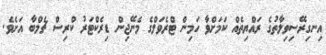
އިނގިރޭސިވިލާތުގެ ރައްޔިތެއް ކަމަށްވާ ހަމިން ޓްރެވަލްގެ މެނޭޖިން ޑިރެކްޓަރު ކްރިސް ޗެމްބާ އަށެވެ.